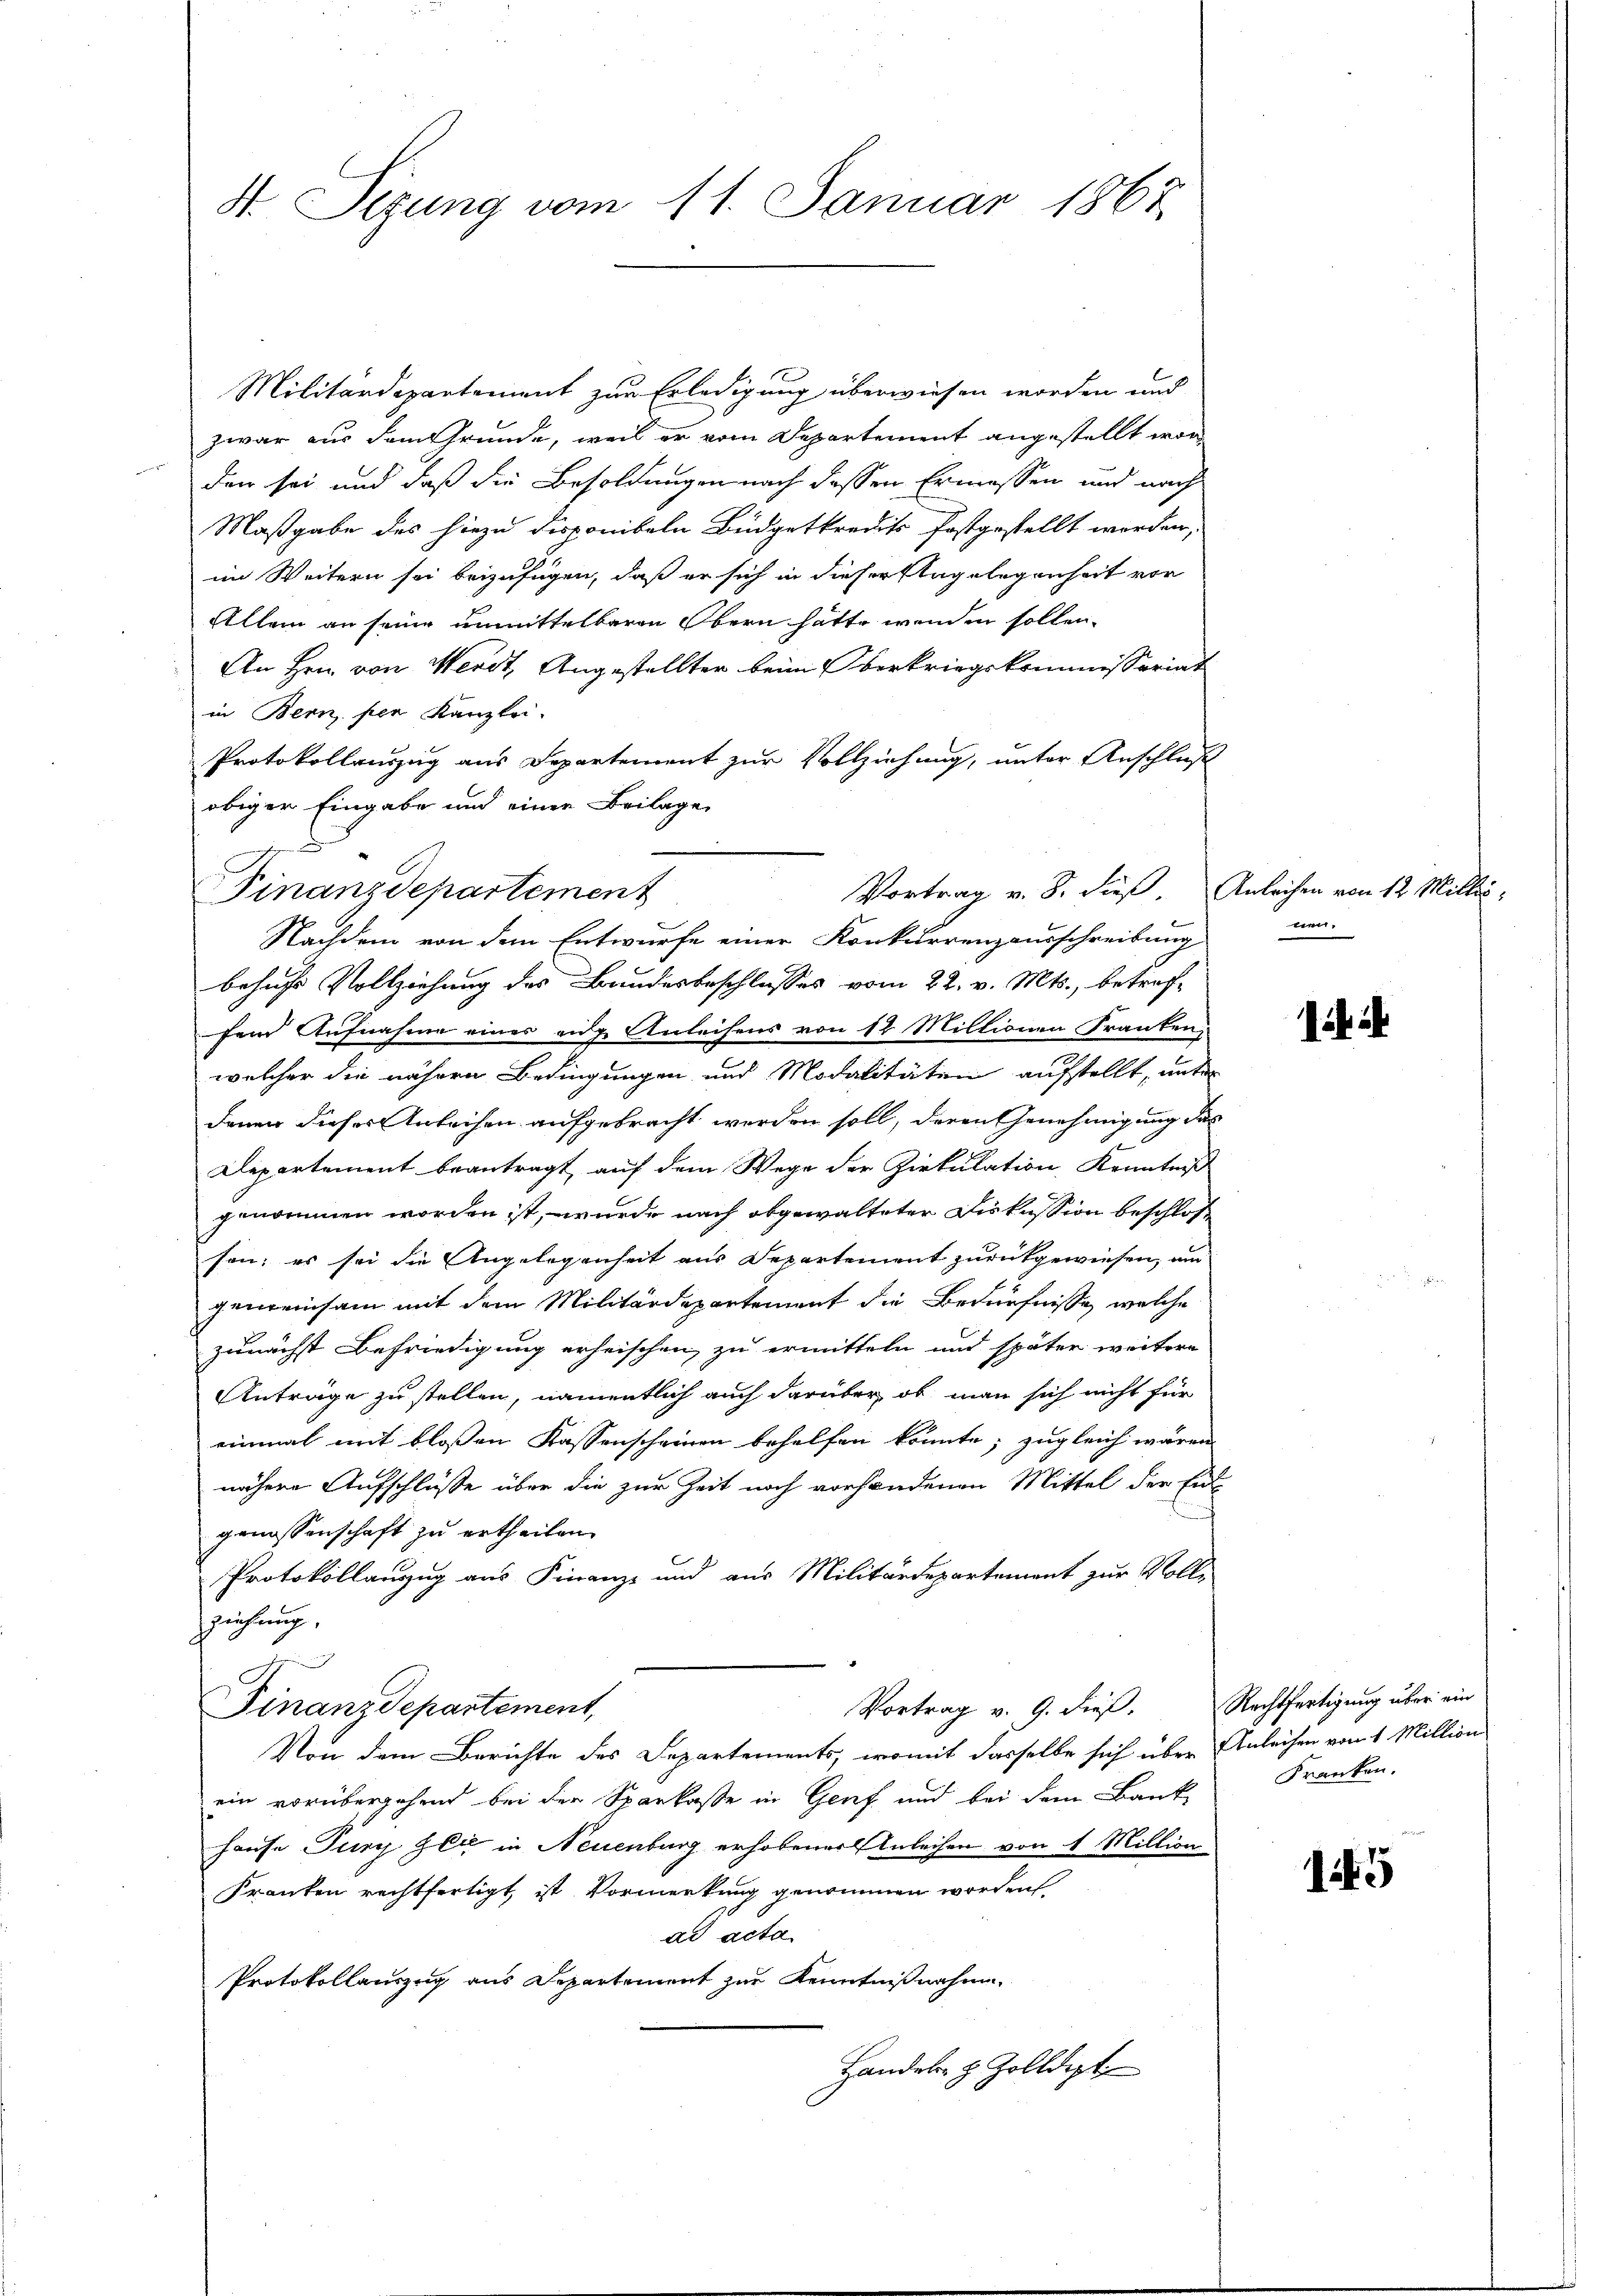
St. Sizung vom 11. Januar 1867.

Militärdepartement zur Erledigung überwiesen worden und
zwar aus dem Grunde, weil er vom Departement angestellt worden sei und daß die Besoldungen nach dessen Ermessen und nach
Maßgabe des hiezu disponibeln Büdgetkredits festgestellt worden,
im Weitern sei beizufügen, daß er sich in dieser Etagelegenheit vor
Allem an seine unmittelbaren Obern hätte wenden sollen.
An Hrn. von Werdt, Angestellter beim Oberkriegskommissariat
in Bern, per Kanzlei-
Protokollauszug aus Departement zur Vollziehung, unter Anschluß
obiger Eingabe und einer Beilage
behufs Vollziehung des Bundesbeschlusses vom 22. v. Mts., betreffend Aufnahme eines eide Anleihens von 12 Miltionen Franken,
welcher die nähern Bedingungen und Modalitäten aufstellt, unter
denen dieses Anleihen aufgebracht werden soll, deren Genehmigung des
Departement beantragt, auf dem Wege der Zirkulation, Kenntniß
genommen worden ist, wurde nach abgewalteter Diskussion beschlos
sen; es sei die Angelegenheit aus Departement zurückgewiesen, um
gemeinsam mit dem Militärdepartement die Bedürfnisse, welche
zunächst Befriedigung erheischen, zu ermitteln und später weitere
Anträge zu stellen, namentlich auch darüber, ob man sich nicht für
einmal mit bloßen Kassenscheinen behelfen könnte; zugleich wären
nähere Aufschlüße über die zur Zeit noch vorhandenen Mittel der Eidgenossenschaft zu ertheilen.
Protokollauszug aus Finanze und aus Militärdepartement zur Voll-
ziehung.
Finanzdepartement,
Vortrag v. 9. dieß.
Von dem Berichte des Separtements, womit dasselbe sich über
ein vorübergehend bei der Sparkasse in Genf und bei dem Bank-
Hause Tury Zeit in Neuenburg erhobener Anleihen von 1 Million
Franken rechtfertigt, ist Vormerkung genommen worden
ad acta.
Protokollauszug aus Departement zur Kenntnißnahme.
Handels- & Zolldept

Vortrag v. 8. dieß Anleihen von 12 Millis
Finanzdepartement
Nachdem von dem Entwurfe einer Konkurrenzausschreibung

nen.

i

Rechtfertigung über ein
Anleihen vom 1 Million
Franken.

lit. 5